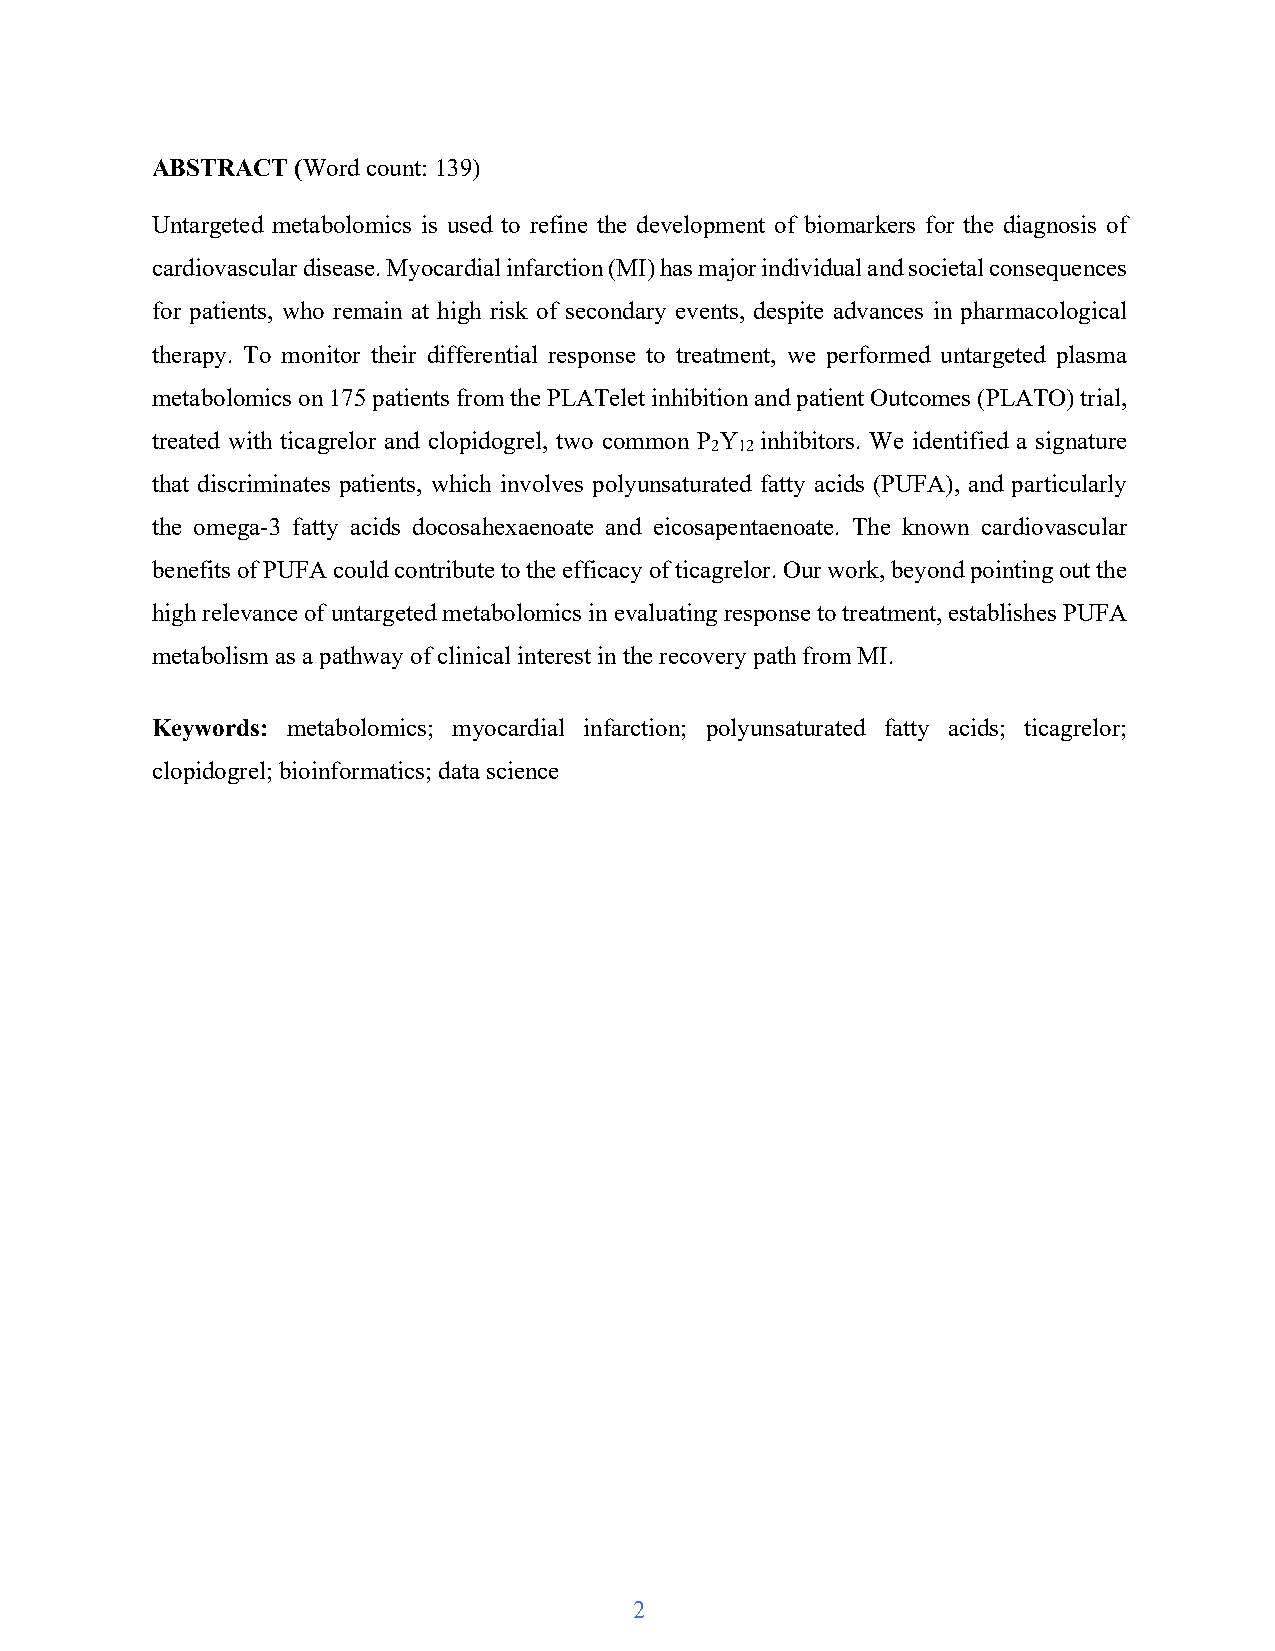
ABSTRACT (Word count: 139)
 Untargeted metabolomics is used to refine the development of biomarkers for the diagnosis of
 cardiovascular disease. Myocardial infarction (MI) has major individual and societal consequences
 for patients, who remain at high risk of secondary events, despite advances in pharmacological
 therapy. To monitor their differential response to treatment, we performed untargeted plasma
 metabolomics on 175 patients from the PLATelet inhibition and patient Outcomes (PLATO) trial,
 treated with ticagrelor and clopidogrel, two common P Y inhibitors. We identified a signature
 2 12
 that discriminates patients, which involves polyunsaturated fatty acids (PUFA), and particularly
 the omega-3 fatty acids docosahexaenoate and eicosapentaenoate. The known cardiovascular
 benefits of PUFA could contribute to the efficacy of ticagrelor. Our work, beyond pointing out the
 high relevance of untargeted metabolomics in evaluating response to treatment, establishes PUFA
 metabolism as a pathway of clinical interest in the recovery path from MI.
 Keywords: metabolomics; myocardial infarction; polyunsaturated fatty acids; ticagrelor;
 clopidogrel; bioinformatics; data science
 2